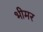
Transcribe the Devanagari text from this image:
भीमर